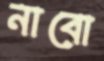
নাবো